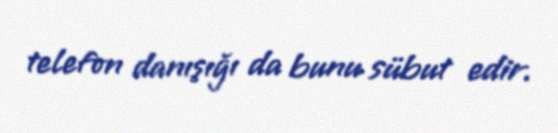
telefon danışığı da bunu sübut edir.